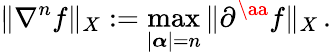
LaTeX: \| \nabla^{n}f\| _{X}:=\operatorname*{max}_{|{\boldsymbol{\alpha}}|=n}\| \partial^{\aa}f\| _{X}\, .